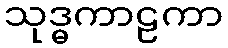
သုဒ္ဓကာဠကာ